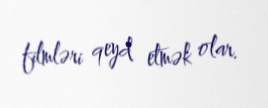
filmləri qeyd etmək olar.